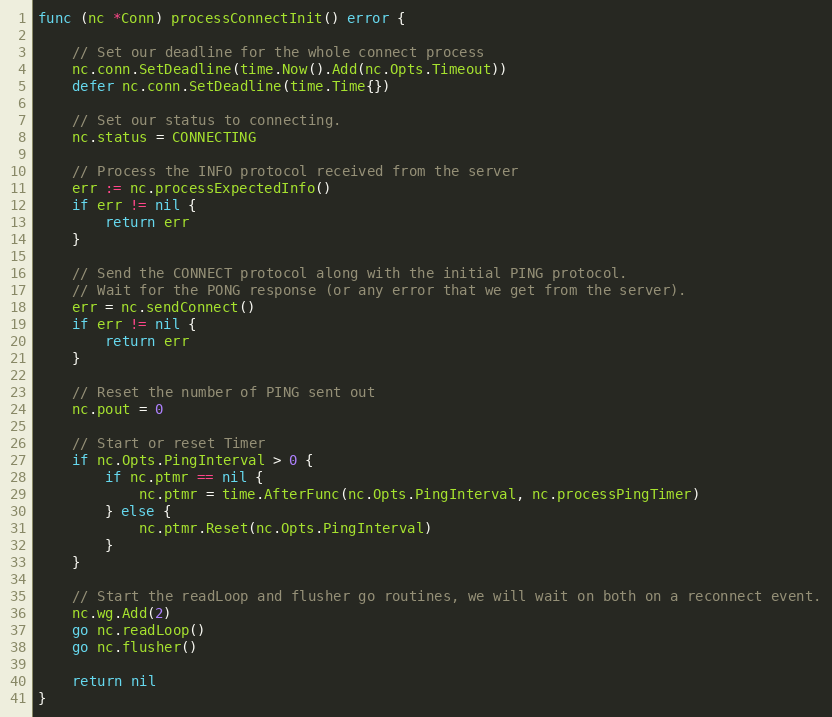
Language: Go
func (nc *Conn) processConnectInit() error {

	// Set our deadline for the whole connect process
	nc.conn.SetDeadline(time.Now().Add(nc.Opts.Timeout))
	defer nc.conn.SetDeadline(time.Time{})

	// Set our status to connecting.
	nc.status = CONNECTING

	// Process the INFO protocol received from the server
	err := nc.processExpectedInfo()
	if err != nil {
		return err
	}

	// Send the CONNECT protocol along with the initial PING protocol.
	// Wait for the PONG response (or any error that we get from the server).
	err = nc.sendConnect()
	if err != nil {
		return err
	}

	// Reset the number of PING sent out
	nc.pout = 0

	// Start or reset Timer
	if nc.Opts.PingInterval > 0 {
		if nc.ptmr == nil {
			nc.ptmr = time.AfterFunc(nc.Opts.PingInterval, nc.processPingTimer)
		} else {
			nc.ptmr.Reset(nc.Opts.PingInterval)
		}
	}

	// Start the readLoop and flusher go routines, we will wait on both on a reconnect event.
	nc.wg.Add(2)
	go nc.readLoop()
	go nc.flusher()

	return nil
}